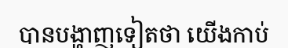
បានបង្ហាញទៀតថា យើងកាប់